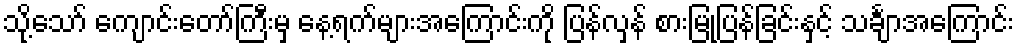
သို့သော် ကျောင်းတော်ကြီးမှ နေ့ရက်များအကြောင်းကို ပြန်လှန် စားမြုံ့ပြန်ခြင်းနှင့် သင်္ချာအကြောင်း